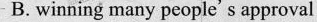
B. winning many people's approval